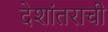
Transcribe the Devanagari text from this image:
देशांतराची